Vaccination United Provinces of Agra and Oudh 1902-1913 - 1902-1913
Year: 1902
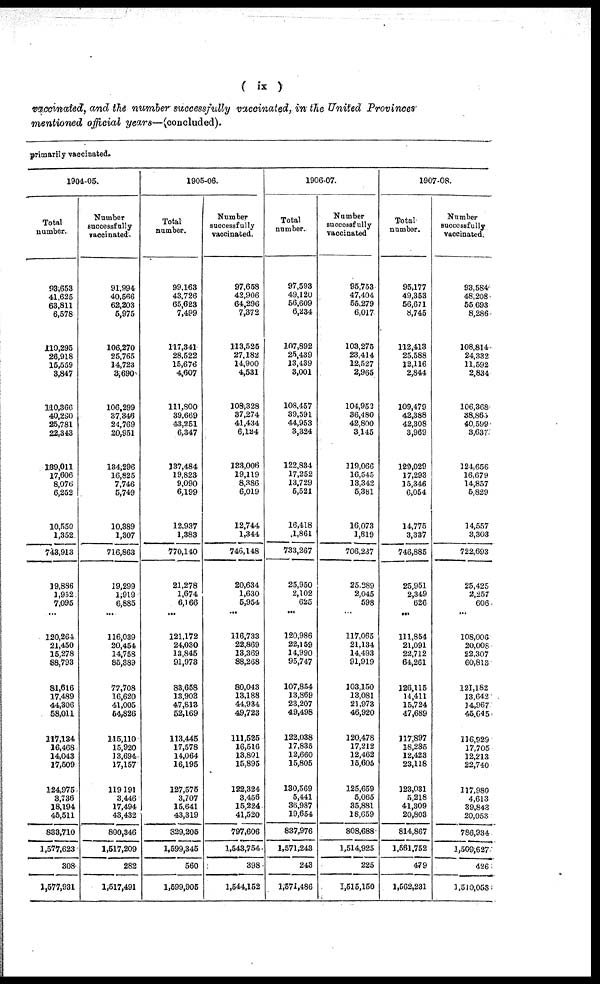
( ix )
vaccinated, and the number successfully vaccinated, in the United Provinces
mentioned official years—(concluded).
primarily vaccinated.
1904-05.
Total
number.
93,653
41,625
68,811
6,578
110,295
26,918
15,559
3,847
110,366
40,290
25,781
22,343
139,011
17,606
8,076
6,252
10,550
1,352
743,913
19,886
1,952
7,095
...
120,264
21,450
15,278
88,793
81,616
17,489
44,306
58,011
117,134
16,468
14,043
17,509
124,975
3,736
18,194
46,511
833,710
1,577,623
308
1,577,931
Number
successfully
vaccinated
91,994
40,566
62,203
5,975
106,270
25,765
14,723
3,690
106,299
37,346
24,769
20,951
134,296
16,825
7,746
5,749
10,389
1,307
716,863
19,299
1,919
6,885
...
116,039
20,454
14,758
85,389
77,708
16,620
41,005
54,826
115,110
15,920
13,694
17,157
119191
3,446
17,494
43,432
800,346
1,517,209
282
1,517,491
1905-06.
Total
number.
99,163
43,726
65,623
7,499
117,341
28,522
15,676
4,607
111,800
39,669
43,251
6,347
137,484
19,823
9,090
6,199
12,937
1,383
770,140
21,278
1,674
6,166
...
121,172
24,030
13,845
91,973
83,658
13,903
47,813
52,169
113,445
17,578
14,064
16,195
127,575
3,707
15,641
43,319
329,205
1,599,345
560
1,599,905
Number
successfully
vaccinated.
97,658
42,906
64,296
7,372
113,526
27,182
14,900
4,531
108,328
37,274
41,434
6,124
133,006
19,119
8,386
6,019
12,744
1,344
746,148
20,634
1,630
5,954
...
116,733
22,869
13,369
88,268
80,043
13,188
44,934
49,723
111,525
16,516
13,801
15,895
122,324
3,456
15,224
41,520
797,606
1,543,754
398
1,544,152
1906-07.
Total
number.
97,593
49,120
56,609
6,234
107,892
25,439
13,439
3,001
108,457
39,591
44,953
3,324
122,834
17,252
13,729
5,521
16,418
1,861
733,267
25,950
2,102
625
...
120,986
22,159
14,990
95,747
107,854
13,869
23,207
49,498
122,038
17,835
12,660
15,805
130,569
5,441
36,987
19,654
837,976
1,571,243
243
1,571,486
Number
successfully
vaccinated
95,753
47,404
55,279
6,017
103,276
23,414
12,527
2,965
104,952
36,480
42,800
3,145
119,066
16,545
13,342
5,381
16,073
1,819
706,237
25,289
2,045
598
...
117,065
21,134
14,493
91,919
103,150
13,081
21,973
46,920
120,478
17,212
12,462
15,605
125,659
5,065
35,881
18,659
808,688
1,514,925
225
1,515,150
1907-08.
Total
number.
95,177
49,353
56,671
8,745
112,413
25,588
12,116
2,844
109,479
42,388
42,308
3,969
129,029
17,293
15,346
6,054
14,775
3,337
746,885
25,951
2,349
626
...
111,854
21,091
22,712
64,261
126,115
14,411
15,724
47,689
117,897
18,285
12,423
23,118
123,031
5,218
41,309
20,803
814,867
1,561,752
479
1,562,231
Number
successfully
vaccinated.
93,584
48,208
55,693
8,286
108,814
24,332
11,592
2,834
106,368
38,865
40,599
3,637
124,656
16,679
14,857
5,829
14,557
3,303
722,693
25,425
2,257
606
...
108,006
20,008
22,307
60,812
121,182
13,642
14,967
45,645
116,929
17,705
12,213
22,740
117,980
4,613
39,843
20,053
786,934
1,509,627
426
1,510,053